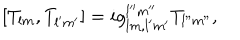
[ T _ { l m } , T _ { l ^ { \prime } m ^ { \prime } } ] = i g _ { l m , l ^ { \prime } m ^ { \prime } } ^ { l ^ { \prime \prime } m ^ { \prime \prime } } T _ { l " m " } ,